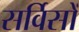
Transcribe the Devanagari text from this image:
सर्विसों